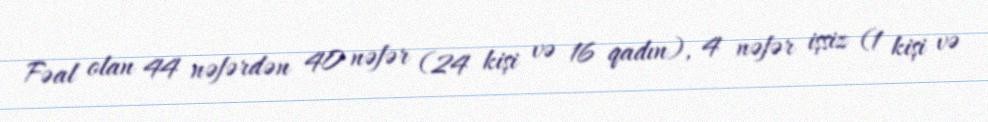
Fəal olan 44 nəfərdən 40 nəfər (24 kişi və 16 qadın), 4 nəfər işsiz (1 kişi və